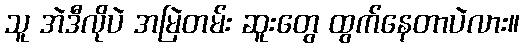
သူ အဲဒီလိုပဲ အမြဲတမ်း ဆူးတွေ ထွက်နေတာပဲလား။